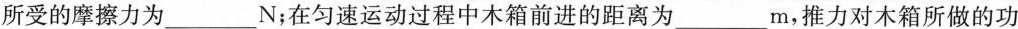
所受的摩擦力为_______N；在匀速运动过程中木箱前进的距离为____m，推力对木箱所做的功